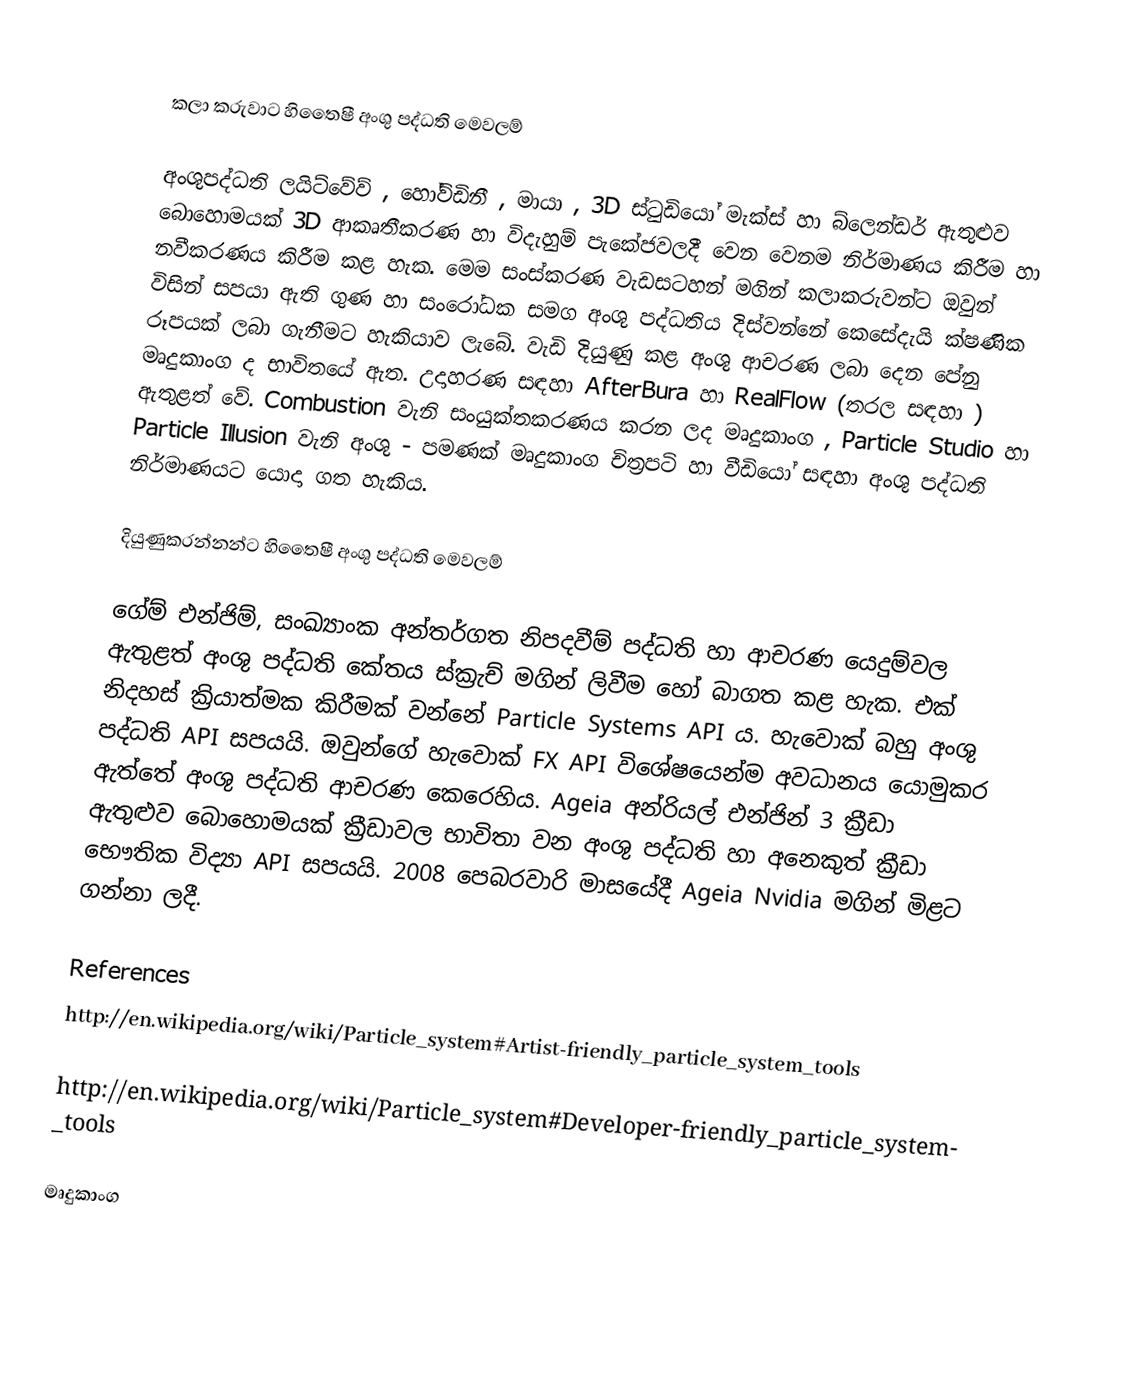

කලා කරුවාට හිතෛෂී අංශු පද්ධති මෙවලම්

අංශුපද්ධති ලයිට්වේව් , හෝව්ඩිනී , මායා , 3D ස්ටුඩියෝ මැක්ස් හා බ්ලෙන්ඩර් ඇතුළුව බොහොමයක් 3D ආකෘතීකරණ හා විදැහුම් පැකේජවලදී වෙන වෙනම නිර්මාණය කිරීම හා නවීකරණය කිරීම කළ හැක. මෙම සංස්කරණ වැඩසටහන් මගින් කලාකරුවන්ට ඔවුන් විසින් සපයා ඇති ගුණ හා සංරෝධක සමග අංශු පද්ධතිය දිස්වන්නේ කෙසේදැයි ක්ෂණික රූපයක් ලබා ගැනීමට හැකියාව ලැබේ. වැඩි දියුණු කළ අංශු ආචරණ ලබා දෙන පේනු මෘදුකාංග ද භාවිතයේ ඇත. උදාහරණ සඳහා AfterBura හා RealFlow (තරල සඳහා ) ඇතුළත් වේ. Combustion වැනි සංයුක්තකරණය කරන ලද මෘදුකාංග , Particle Studio හා Particle Illusion වැනි අංශු - පමණක් මෘදුකාංග චිත්‍රපටි හා වීඩියෝ සඳහා අංශු පද්ධති නිර්මාණයට යොදා ගත හැකිය.

දියුණුකරන්නන්ට හිතෛෂී අංශු පද්ධති මෙවලම්

ගේම් එන්ජිම්, සංඛ්‍යාංක අන්තර්ගත නිපදවීම් පද්ධති හා ආචරණ යෙදුම්වල ඇතුළත් අංශු පද්ධති කේතය ස්ක්‍රැච් මගින් ලිවීම හෝ බාගත කළ හැක. එක් නිදහස් ක්‍රියාත්මක කිරීමක් වන්නේ Particle Systems API ය. හැවොක් බහු අංශු පද්ධති API සපයයි. ඔවුන්ගේ හැවොක් FX API විශේෂයෙන්ම අවධානය යොමුකර ඇත්තේ අංශු පද්ධති  ආචරණ කෙරෙහිය. Ageia අන්රියල් එන්ජින් 3 ක්‍රීඩා ඇතුළුව බොහොමයක් ක්‍රීඩාවල භාවිතා වන අංශු පද්ධති හා අනෙකුත් ක්‍රීඩා භෞතික විද්‍යා API සපයයි. 2008 පෙබරවාරි මාසයේදී Ageia Nvidia මගින් මිළට ගන්නා ලදී.

References
http://en.wikipedia.org/wiki/Particle_system#Artist-friendly_particle_system_tools

http://en.wikipedia.org/wiki/Particle_system#Developer-friendly_particle_system_tools

මෘදුකාංග